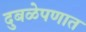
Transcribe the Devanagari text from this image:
दुबळेपणात